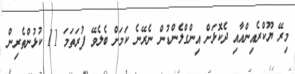
މިރޭ ޔޫކްރެއިންއާއި ދެކޮޅަށް އިންގްލެންޑުން ނެރޭނެ ކަމަށް ބެލެވޭ ފުރަތަމަ 11 ކުޅުންތެރިން